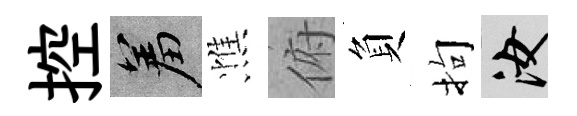
控羞憔俯負拘汝